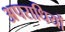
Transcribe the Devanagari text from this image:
अपराधियों